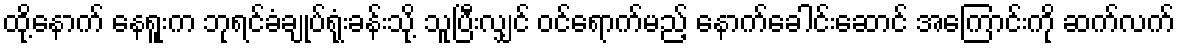
ထို့နောက် နေရူးက ဘုရင်ခံချုပ်ရုံးခန်းသို့ သူပြီးလျှင် ဝင်ရောက်မည့် နောက်ခေါင်းဆောင် အကြောင်းကို ဆက်လက်